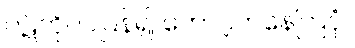
ဝဋ်ကိုပင်ပြန်၍ တောင့်တနေကြပုံ။